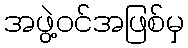
အဖွဲ့ဝင်အဖြစ်မှ